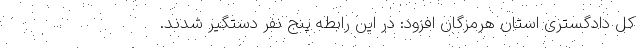
کل دادگستری استان هرمزگان افزود: در این رابطه پنج نفر دستگیر شدند.